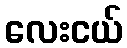
လေးငယ်